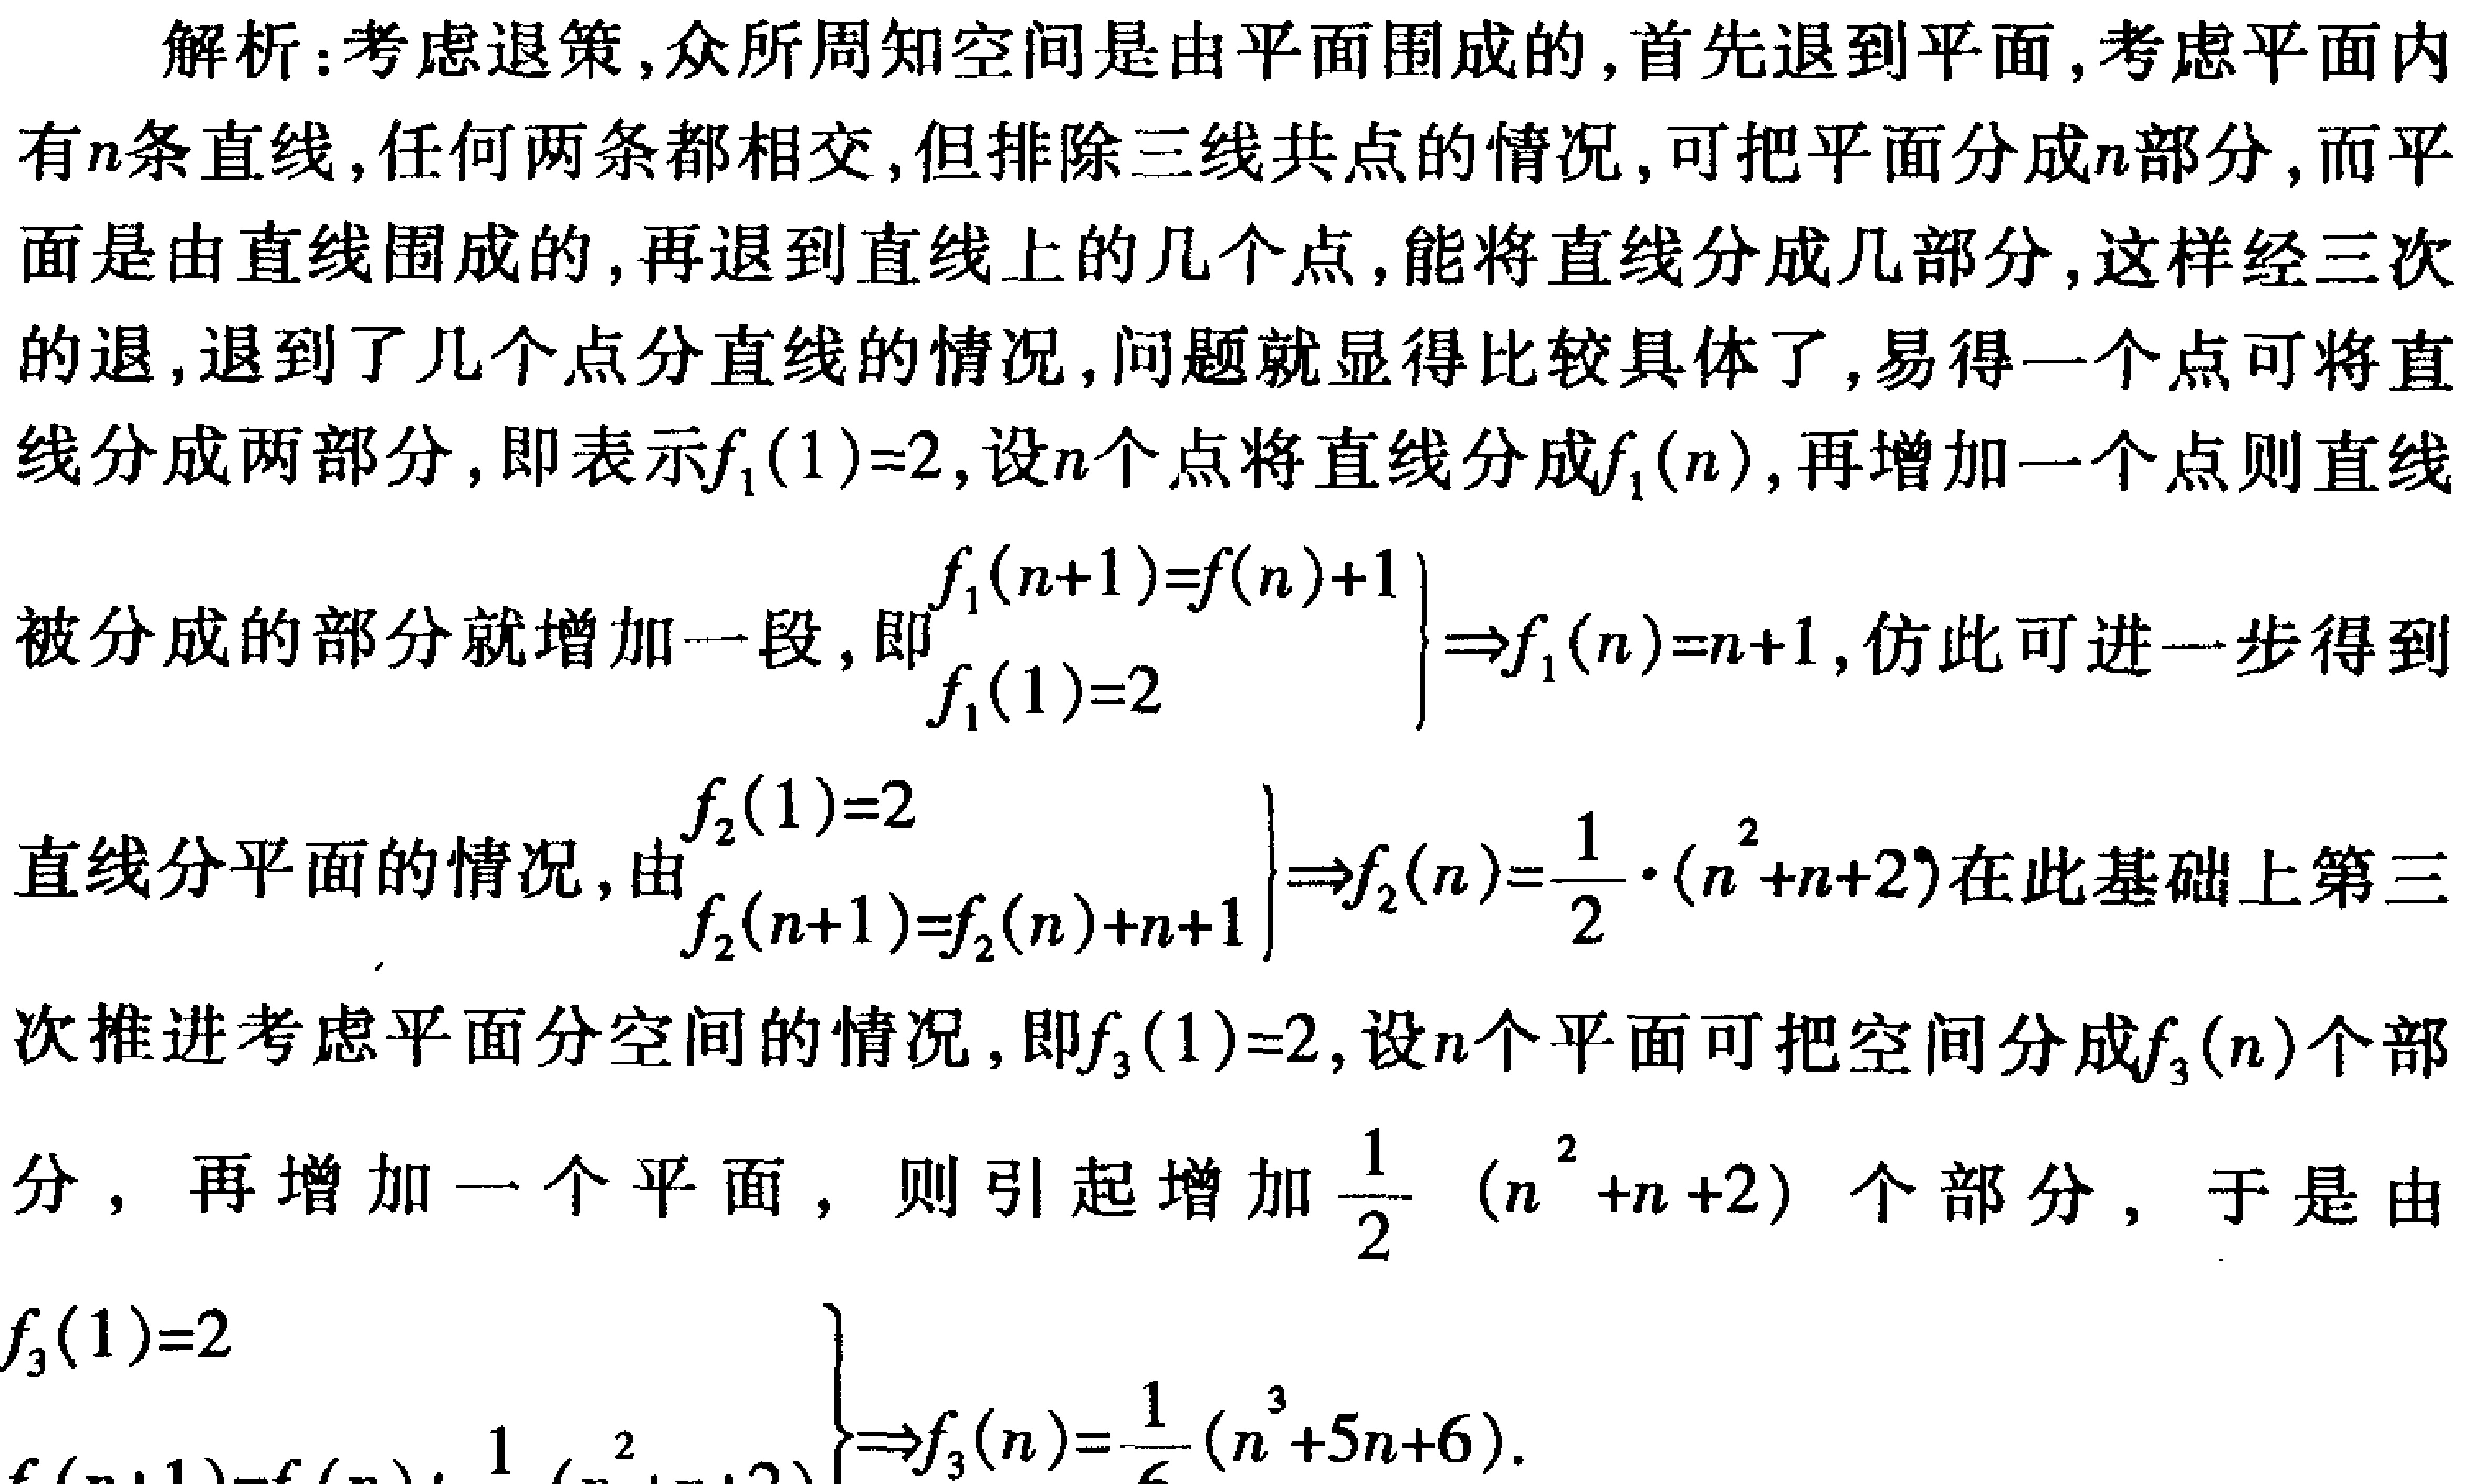
解析：考虑退策,众所周知空间是由平面围成的,首先退到平面,考虑平面内有\(n\)条直线,任何两条都相交,但排除三线共点的情况,可把平面分成\(n\)部分,而平面是由直线围成的,再退到直线上的几个点,能将直线分成几部分,这样经三次的退,退到了几个点分直线的情况,问题就显得比较具体了,易得一个点可将直线分成两部分,即表示\(f_1(1) = 2\),设\(n\)个点将直线分成\(f_1(n)\),再增加一个点则直线被分成的部分就增加一段,即\(\begin{cases}f_1(n + 1)=f(n)+1\\f_1(1)=2\end{cases}\Rightarrow f_1(n)=n + 1\),仿此可进一步得到直线分平面的情况,由\(\begin{cases}f_2(1)=2\\f_2(n + 1)=f_2(n)+n + 1\end{cases}\Rightarrow f_2(n)=\frac{1}{2}\cdot(n^2 + n + 2)\)在此基础上第三次推进考虑平面分空间的情况,即\(f_3(1)=2\),设\(n\)个平面可把空间分成\(f_3(n)\)个部分，再增加一个平面，则引起增加\(\frac{1}{2}(n^2 + n + 2)\)个部分，于是由\(\begin{cases}f_3(1)=2\\f_3(n + 1)=f_3(n)+\frac{1}{2}(n^2 + n + 2)\end{cases}\Rightarrow f_3(n)=\frac{1}{6}(n^3 + 5n + 6)\).